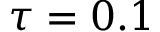
\tau = 0 . 1